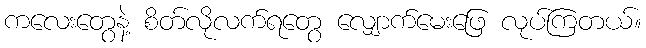
ကလေးတွေနဲ့ စိတ်လိုလက်ရတွေ လျှောက်မေးဖြေ လုပ်ကြတယ်။